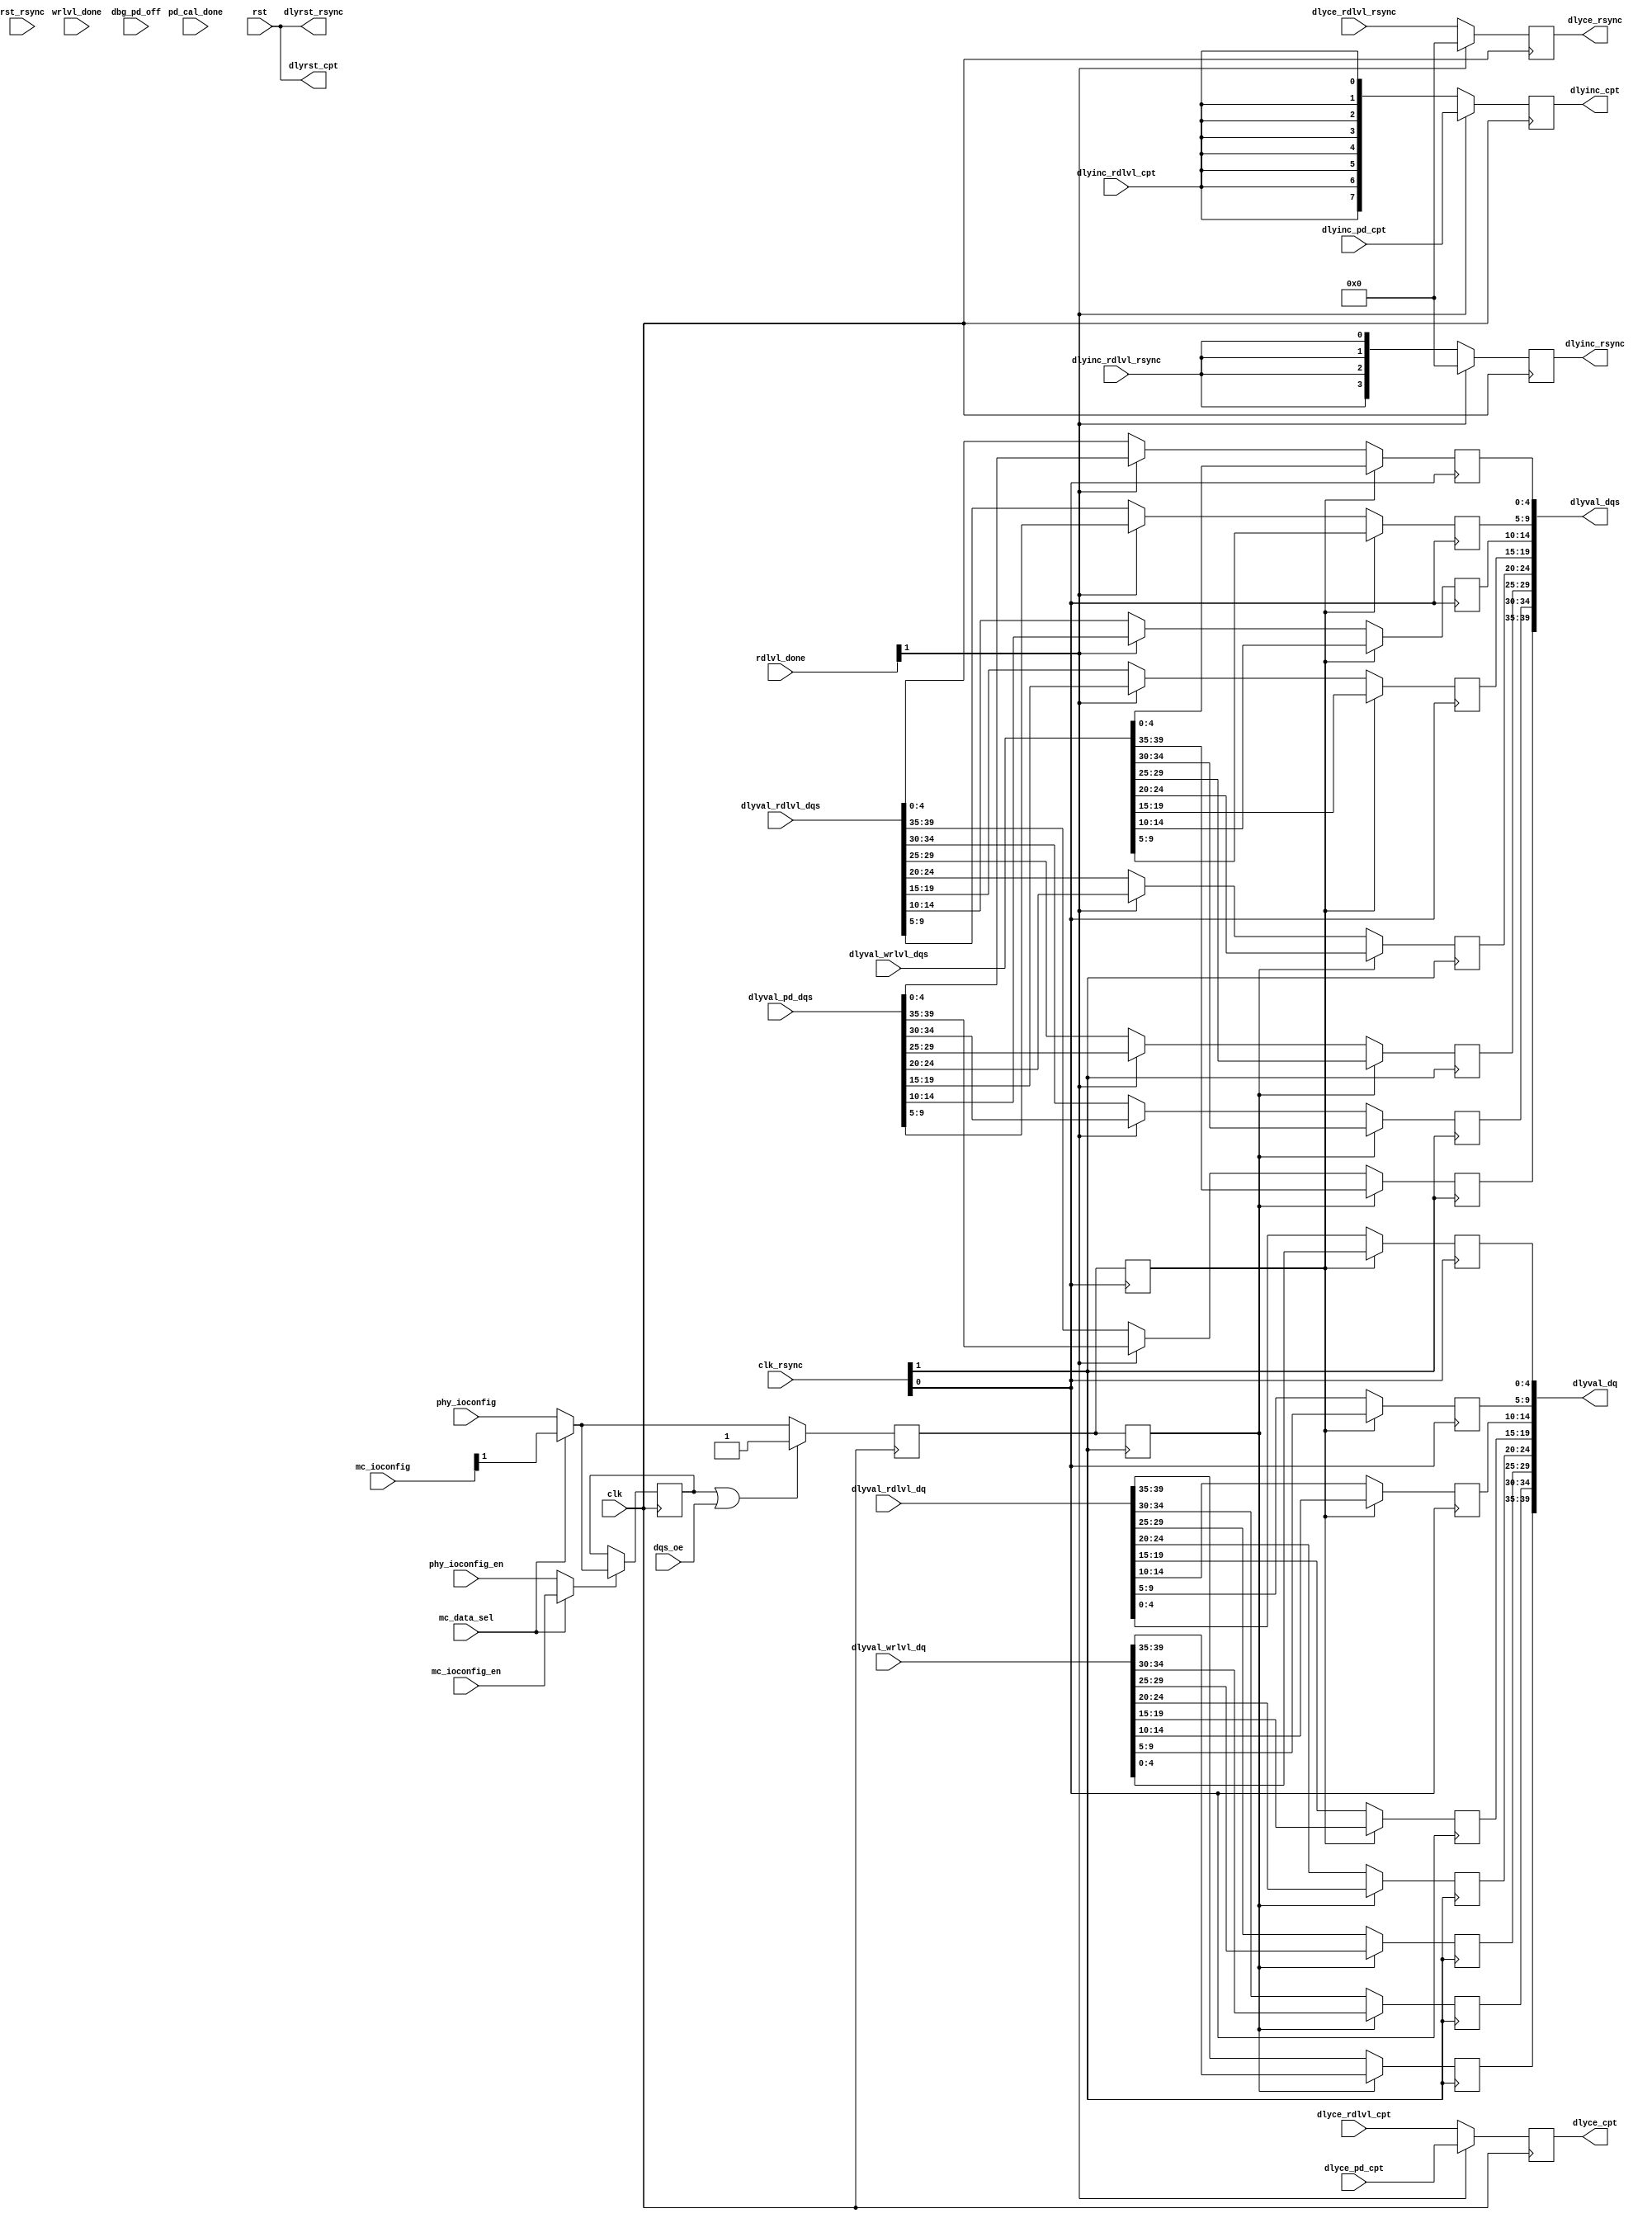
//*****************************************************************************
// (c) Copyright 2009 - 2010 Xilinx, Inc. All rights reserved.
//
// This file contains confidential and proprietary information
// of Xilinx, Inc. and is protected under U.S. and
// international copyright and other intellectual property
// laws.
//
// DISCLAIMER
// This disclaimer is not a license and does not grant any
// rights to the materials distributed herewith. Except as
// otherwise provided in a valid license issued to you by
// Xilinx, and to the maximum extent permitted by applicable
// law: (1) THESE MATERIALS ARE MADE AVAILABLE "AS IS" AND
// WITH ALL FAULTS, AND XILINX HEREBY DISCLAIMS ALL WARRANTIES
// AND CONDITIONS, EXPRESS, IMPLIED, OR STATUTORY, INCLUDING
// BUT NOT LIMITED TO WARRANTIES OF MERCHANTABILITY, NON-
// INFRINGEMENT, OR FITNESS FOR ANY PARTICULAR PURPOSE; and
// (2) Xilinx shall not be liable (whether in contract or tort,
// including negligence, or under any other theory of
// liability) for any loss or damage of any kind or nature
// related to, arising under or in connection with these
// materials, including for any direct, or any indirect,
// special, incidental, or consequential loss or damage
// (including loss of data, profits, goodwill, or any type of
// loss or damage suffered as a result of any action brought
// by a third party) even if such damage or loss was
// reasonably foreseeable or Xilinx had been advised of the
// possibility of the same.
//
// CRITICAL APPLICATIONS
// Xilinx products are not designed or intended to be fail-
// safe, or for use in any application requiring fail-safe
// performance, such as life-support or safety devices or
// systems, Class III medical devices, nuclear facilities,
// applications related to the deployment of airbags, or any
// other applications that could lead to death, personal
// injury, or severe property or environmental damage
// (individually and collectively, "Critical
// Applications"). Customer assumes the sole risk and
// liability of any use of Xilinx products in Critical
// Applications, subject only to applicable laws and
// regulations governing limitations on product liability.
//
// THIS COPYRIGHT NOTICE AND DISCLAIMER MUST BE RETAINED AS
// PART OF THIS FILE AT ALL TIMES.
//
//*****************************************************************************
//   ____  ____
//  /   /\/   /
// /___/  \  /    Vendor: Xilinx
// \   \   \/     Version: 3.7
//  \   \         Application: MIG
//  /   /         Filename: phy_dly_ctrl.v
// /___/   /\     Date Last Modified: $Date: 2010/12/29 22:18:11 $
// \   \  /  \    Date Created: Mon Jun 30 2008
//  \___\/\___\
//
//Device: Virtex-6
//Design Name: DDR3 SDRAM
//Purpose:
//  Multiplexing for all DQ/DQS/Capture and resynchronization clock
//  IODELAY elements
//  Scope of this module:
//    IODELAYs controlled:
//      1. DQ (rdlvl/writes)
//      2. DQS (wrlvl/phase detector)
//      3. Capture clock (rdlvl/phase detector)
//      4. Resync clock (rdlvl/phase detector)
//    Functions performed:
//      1. Synchronization (from GCLK to BUFR domain)
//      2. Multi-rank IODELAY lookup (NOT YET SUPPORTED)
//    NOTES:
//      1. Per-bit DQ control not yet supported
//      2. Multi-rank control not yet supported
//Reference:
//Revision History:
//*****************************************************************************

/******************************************************************************
**$Id: phy_dly_ctrl.v,v 1.2 2010/12/29 22:18:11 richc Exp $
**$Date: 2010/12/29 22:18:11 $
**$Author: richc $
**$Revision: 1.2 $
**$Source: /devl/xcs/repo/env/Databases/ip/src2/O/mig_v3_7/data/dlib/virtex6/ddr3_sdram/verilog/rtl/phy/phy_dly_ctrl.v,v $
******************************************************************************/

`timescale 1ps/1ps

module phy_dly_ctrl #
  (
   parameter TCQ            = 100,    // clk->out delay (sim only)
   parameter DQ_WIDTH       = 64,     // # of DQ (data)
   parameter DQS_CNT_WIDTH  = 3,      // = ceil(log2(DQ_WIDTH))
   parameter DQS_WIDTH      = 8,      // # of DQS (strobe)
   parameter RANK_WIDTH     = 1,      // # of ranks of DRAM
   parameter nCWL           = 5,      // Write CAS latency (in clk cyc)
   parameter REG_CTRL       = "OFF",  // "ON" for registered DIMM
   parameter WRLVL          = "ON",   // Enable write leveling
   parameter PHASE_DETECT   = "ON",   // Enable read phase detector
   parameter DRAM_TYPE      = "DDR3", // Memory I/F type: "DDR3", "DDR2"
   parameter nDQS_COL0      = 4,      // # DQS groups in I/O column #1
   parameter nDQS_COL1      = 4,      // # DQS groups in I/O column #2
   parameter nDQS_COL2      = 0,      // # DQS groups in I/O column #3
   parameter nDQS_COL3      = 0,      // # DQS groups in I/O column #4
   parameter DQS_LOC_COL0   = 32'h03020100, // DQS grps in col #1
   parameter DQS_LOC_COL1   = 32'h07060504, // DQS grps in col #2
   parameter DQS_LOC_COL2   = 0,            // DQS grps in col #3
   parameter DQS_LOC_COL3   = 0,            // DQS grps in col #4
   parameter DEBUG_PORT     = "OFF"   // Enable debug port
   )
  (
   input                        clk,
   input                        rst,
   input [3:0]                  clk_rsync,
   input [3:0]                  rst_rsync,
   // Operation status, control signals
   input                        wrlvl_done,
   input [1:0]                  rdlvl_done,
   input                        pd_cal_done,
   input                        mc_data_sel,
   input [RANK_WIDTH:0]         mc_ioconfig,
   input                        mc_ioconfig_en,
   input [0:0]                  phy_ioconfig,
   input                        phy_ioconfig_en,
   input                        dqs_oe,
   // DQ, DQS IODELAY controls for write leveling
   input [5*DQS_WIDTH-1:0]      dlyval_wrlvl_dqs,
   input [5*DQS_WIDTH-1:0]      dlyval_wrlvl_dq,
   // Capture Clock / Resync Clock IODELAY controls for read leveling
   input [DQS_WIDTH-1:0]        dlyce_rdlvl_cpt,
   input                        dlyinc_rdlvl_cpt,
   input [3:0]                  dlyce_rdlvl_rsync,
   input                        dlyinc_rdlvl_rsync,
   input [5*DQS_WIDTH-1:0]      dlyval_rdlvl_dq,
   input [5*DQS_WIDTH-1:0]      dlyval_rdlvl_dqs,
   // Phase detector IODELAY control for DQS, Capture Clock
   input [DQS_WIDTH-1:0]        dlyce_pd_cpt,
   input [DQS_WIDTH-1:0]        dlyinc_pd_cpt,
   input [5*DQS_WIDTH-1:0]      dlyval_pd_dqs,
   // IODELAY controls
   output reg [5*DQS_WIDTH-1:0] dlyval_dqs,
   output reg [5*DQS_WIDTH-1:0] dlyval_dq,
   output                       dlyrst_cpt,
   output [DQS_WIDTH-1:0]       dlyce_cpt,
   output [DQS_WIDTH-1:0]       dlyinc_cpt,
   output                       dlyrst_rsync,
   output [3:0]                 dlyce_rsync,
   output [3:0]                 dlyinc_rsync,
   // Debug Port
   input                        dbg_pd_off
   );

  reg [DQS_WIDTH-1:0]        dlyce_cpt_mux;
  reg [3:0]                  dlyce_rsync_mux;
  reg [DQS_WIDTH-1:0]        dlyinc_cpt_mux;
  reg [3:0]                  dlyinc_rsync_mux;
  reg                        dqs_oe_r;
  reg                        dqs_wr;
  wire [0:0]                 mux_ioconfig;
  wire                       mux_ioconfig_en;
  wire                       mux_rd_wr;
  reg                        mux_rd_wr_last_r;
  reg                        rd_wr_r;
  reg [3:0]                  rd_wr_rsync_r;
  reg [3:0]                  rd_wr_rsync_tmp_r;
  reg [3:0]                  rd_wr_rsync_tmp_r1;

  //***************************************************************************
  // IODELAY RESET CONTROL:
  // RST for IODELAY is used to control parallel loading of IODELAY (dlyval)
  // For all IODELAYs where glitching of outputs is permitted, always assert
  // RST (i.e. control logic can change outputs without worrying about
  // synchronization of control bits causing output glitching). For all other
  // IODELAYs (CPT, RSYNC), only assert RST when DLYVAL is stable
  //***************************************************************************

  assign dlyrst_cpt   = rst;
  assign dlyrst_rsync = rst;

  //***************************************************************************
  // IODELAY MUX CONTROL LOGIC AND CLOCK SYNCHRONIZATION
  // This logic determines the main MUX control logic for selecting what gets
  // fed to the IODELAY taps. Output signal is MUX_IOCFG = [0 for write, 1 for
  // read]. This logic is in the CLK domain, and needs to be synchronized to
  // each of the individual CLK_RSYNC[x] domains
  //***************************************************************************

  // Select between either MC or PHY control
  assign mux_ioconfig    = (mc_data_sel) ?
                           mc_ioconfig[RANK_WIDTH] :
                           phy_ioconfig;
  assign mux_ioconfig_en = (mc_data_sel) ?
                           mc_ioconfig_en :
                           phy_ioconfig_en;

  assign mux_rd_wr = mux_ioconfig[0];

  always @(posedge clk)
    dqs_oe_r <= #TCQ dqs_oe;

  // Generate indication when write is occurring - necessary to prevent
  // situation where a read request comes in on DFI before the current
  // write has been completed on the DDR bus - in that case, the IODELAY
  // value should remain at the write value until the write is completed
  // on the DDR bus. 
  always @(dqs_oe or mux_rd_wr_last_r)
    dqs_wr = mux_rd_wr_last_r | dqs_oe;
 
  // Store value of MUX_IOCONFIG when enable(latch) signal asserted
  always @(posedge clk)
    if (mux_ioconfig_en)
      mux_rd_wr_last_r <= #TCQ mux_rd_wr;

  // New value of MUX_IOCONFIG gets reflected right away as soon as
  // enable/latch signal is asserted. This signal indicates whether a
  // write or read is occurring (1 = write, 0 = read). Add dependence on
  // DQS_WR to account for pipelining - prevent read value from being
  // loaded until previous write is finished
  always @(posedge clk) begin
    if (mux_ioconfig_en) begin
      if ((dqs_wr)&& (DRAM_TYPE == "DDR3"))
        rd_wr_r <= #TCQ 1'b1;
      else
        rd_wr_r <= #TCQ mux_rd_wr;
    end else begin
      if ((dqs_wr)&& (DRAM_TYPE == "DDR3"))
        rd_wr_r <= #TCQ 1'b1;
      else
        rd_wr_r <= #TCQ mux_rd_wr;
    end
  end

  // Synchronize MUX control to each of the individual clock domains
  genvar r_i;
  generate
    for (r_i = 0; r_i < 4; r_i = r_i + 1) begin: gen_sync_rd_wr
      if (DRAM_TYPE == "DDR2") begin :  gen_cwl_ddr2
        if (nCWL <= 3) begin: gen_cwl_ddr2_ls_4
          // one less pipeline stage for cwl<= 3 
          always @(posedge clk_rsync[r_i]) begin
            rd_wr_rsync_tmp_r[r_i] <= #TCQ rd_wr_r;
            rd_wr_rsync_r[r_i]     <= #TCQ rd_wr_rsync_tmp_r[r_i];      
          end
        end else begin  
          always @(posedge clk_rsync[r_i]) begin:gen_cwl_ddr2_gt_3
            rd_wr_rsync_tmp_r[r_i] <= #TCQ rd_wr_r;
            rd_wr_rsync_tmp_r1[r_i] <= #TCQ rd_wr_rsync_tmp_r[r_i];
            rd_wr_rsync_r[r_i]     <= #TCQ rd_wr_rsync_tmp_r1[r_i];     
          end
        end 
      end else if ((nCWL == 5) || 
                   ((nCWL == 6) && (REG_CTRL == "ON"))) begin: gen_cwl_5_ddr3
        // For CWL = 5, bypass one of the pipeline registers for speed
        // purposes (need to load IODELAY value as soon as possible on write,
        // time between IOCONFIG_EN and OSERDES.WC assertion is shorter than
        // for all other CWL values. Rely on built in registers in IODELAY to
        // reduce metastability?
        // NOTE: 2nd case added where we consider the case of registered
        //   DIMM and an nCWL value (as passed to this module) of 6 to be
        //   the same case, because the actual CWL value = 5 (as programmed
        //   in the DRAM - see module phy_top for CWL_M adjustment) and more
        //   importantly, the controller (MC) treats the CWL as 5 for bus
        //   turnaround purposes, and on a WRITE->READ, it the extra clock
        //   cycle is needed to program the new value of the IODELAY before
        //   the read data is captured. Note that we may want to apply this
        //   case as well for DDR2 registered DIMMs as well
        always @(posedge clk_rsync[r_i])
          rd_wr_rsync_r[r_i] <= #TCQ rd_wr_r;
      end else begin: gen_cwl_gt_5_ddr3
        // Otherwise, use two pipeline stages in CLK_RSYNC domain to
        // reduce metastability
        always @(posedge clk_rsync[r_i]) begin
          rd_wr_rsync_tmp_r[r_i] <= #TCQ rd_wr_r;
          rd_wr_rsync_r[r_i]     <= #TCQ rd_wr_rsync_tmp_r[r_i];
        end
      end
    end
  endgenerate

  //***************************************************************************
  // IODELAY CE/INC MUX LOGIC
  // Increment/Enable MUX logic for Capture and Resynchronization clocks.
  // No synchronization of these signals to another clock domain is
  // required - the capture and resync clock IODELAY control ports are
  // clocked by CLK
  //***************************************************************************

  always @(posedge clk) begin
    if (!rdlvl_done[1]) begin
      // If read leveling not completed, rdlvl logic has control of capture
      // and resync clock adjustment IODELAYs
      dlyce_cpt_mux        <= #TCQ dlyce_rdlvl_cpt;
      dlyinc_cpt_mux       <= #TCQ {DQS_WIDTH{dlyinc_rdlvl_cpt}};
      dlyce_rsync_mux      <= #TCQ dlyce_rdlvl_rsync;
      dlyinc_rsync_mux     <= #TCQ {4{dlyinc_rdlvl_rsync}};
    end else begin
      if ((PHASE_DETECT == "OFF") || 
          ((DEBUG_PORT == "ON") && dbg_pd_off)) begin
        // If read phase detector is off, give control of CPT/RSYNC IODELAY
        // taps to the read leveling logic. Normally the read leveling logic
        // will not be changing the IODELAY values after initial calibration.
        // However, the debug port interface for changing the CPT/RSYNC
        // tap values does go through the PHY_RDLVL module - if the user
        // has this capability enabled, then that module will change the
        // IODELAY tap values. Note that use of the debug interface to change
        // the CPT/RSYNC tap values is limiting to changing the tap values
        // only when the read phase detector is turned off - otherwise, if
        // the read phase detector is on, it will simply "undo" any changes
        // to the tap count made via the debug port interface
        dlyce_cpt_mux        <= #TCQ dlyce_rdlvl_cpt;
        dlyinc_cpt_mux       <= #TCQ {DQS_WIDTH{dlyinc_rdlvl_cpt}};
        dlyce_rsync_mux      <= #TCQ dlyce_rdlvl_rsync;
        dlyinc_rsync_mux     <= #TCQ {4{dlyinc_rdlvl_rsync}};
      end else begin
        // Else read phase detector has control of capture/rsync phases
        dlyce_cpt_mux    <= #TCQ dlyce_pd_cpt;
        dlyinc_cpt_mux   <= #TCQ dlyinc_pd_cpt;
        // Phase detector does not control RSYNC - rely on RSYNC positioning
        // to be able to handle entire possible range that phase detector can
        // vary the capture clock IODELAY taps. In the future, we may want to
        // change to allow phase detector to vary RSYNC taps, if there is
        // insufficient margin to allow for a "static" scheme
        dlyce_rsync_mux  <= #TCQ 'b0;
        dlyinc_rsync_mux <= #TCQ 'b0;
        // COMMENTED - RSYNC clock is fixed
        // dlyce_rsync_mux  <= #TCQ {4{dlyce_pd_cpt[0]}};
        // dlyinc_rsync_mux <= #TCQ {4{dlyinc_pd_cpt}};
      end
    end
  end

  assign dlyce_cpt     = dlyce_cpt_mux;
  assign dlyinc_cpt    = dlyinc_cpt_mux;
  assign dlyce_rsync   = dlyce_rsync_mux;
  assign dlyinc_rsync  = dlyinc_rsync_mux;

  //***************************************************************************
  // SYNCHRONIZATION FOR CLK <-> CLK_RSYNC[X] DOMAINS
  //***************************************************************************

  //***************************************************************************
  // BIT STEERING EQUATIONS:
  // What follows are 4 generate loops - each of which handles "bit
  // steering" for each of the I/O columns. The first loop is always
  // instantited. The other 3 will only be instantiated depending on the
  // number of I/O columns used
  //***************************************************************************

  generate
    genvar c0_i;
    if (nDQS_COL0 > 0) begin: gen_c0    
    for (c0_i = 0; c0_i < nDQS_COL0; c0_i = c0_i + 1) begin: gen_loop_c0

      //*****************************************************************
      // DQ/DQS DLYVAL MUX LOGIC
      // This is the MUX logic to control the parallel load delay values for
      // DQ and DQS IODELAYs. There are up to 4 MUX's, one for each
      // CLK_RSYNC[x] clock domain. Each MUX can handle a variable amount
      // of DQ/DQS IODELAYs depending on the particular user pin assignment
      // (e.g. how many I/O columns are used, and the particular DQS groups
      // assigned to each I/O column). The MUX select (S), and input lines
      // (A,B) are configured:
      //   S: MUX_IO_CFG_RSYNC[x]
      //   A: value of DQ/DQS IODELAY from write leveling logic
      //   B: value of DQ/DQS IODELAY from read phase detector logic (DQS) or
      //      from read leveling logic (DQ). NOTE: The value of DQS may also
      //      depend on the read leveling logic with per-bit deskew support.
      //      This may require another level of MUX prior to this MUX
      // The parallel signals from the 3 possible sources (wrlvl, rdlvl, read
      // phase detector) are not synchronized to CLK_RSYNC< but also are not
      // timing critical - i.e. the IODELAY output can glitch briefly.
      // Therefore, there is no need to synchronize any of these sources
      // prior to the MUX (although a MAXDELAY constraint to ensure these
      // async paths aren't too long - they should be less than ~2 clock
      // cycles) should be added
      //*****************************************************************

      always @ (posedge clk_rsync[0]) begin
        if (rd_wr_rsync_r[0]) begin
          // Load write IODELAY values
          dlyval_dqs[5*(DQS_LOC_COL0[8*c0_i+:8])+:5]
            <= #TCQ dlyval_wrlvl_dqs[5*(DQS_LOC_COL0[8*c0_i+:8])+:5];
          // Write DQ IODELAY values are byte-wide only
          dlyval_dq[5*(DQS_LOC_COL0[8*c0_i+:8])+:5]
            <= #TCQ dlyval_wrlvl_dq[5*(DQS_LOC_COL0[8*c0_i+:8])+:5];
        end else begin
          // Load read IODELAY values
          if ((PHASE_DETECT == "ON") && rdlvl_done[1]) begin 
            // Phase Detector has control
            dlyval_dqs[5*(DQS_LOC_COL0[8*c0_i+:8])+:5]
              <= #TCQ dlyval_pd_dqs[5*(DQS_LOC_COL0[8*c0_i+:8])+:5];
          end else begin 
            // Read Leveling logic has control of DQS (used only if IODELAY
            // taps are required for either per-bit or low freq calibration)
            dlyval_dqs[5*(DQS_LOC_COL0[8*c0_i+:8])+:5]
              <= #TCQ dlyval_rdlvl_dqs[5*(DQS_LOC_COL0[8*c0_i+:8])+:5];
          end     
             
          dlyval_dq[5*(DQS_LOC_COL0[8*c0_i+:8])+:5]
            <= #TCQ dlyval_rdlvl_dq[5*(DQS_LOC_COL0[8*c0_i+:8])+:5];
          end
        end
      end
    end
  endgenerate

  //*****************************************************************
  // The next 3 cases are for the other 3 banks. Conditionally include
  // only if multiple banks are supported. There's probably a better
  // way of instantiating these 3 other cases without taking up so much
  // space....
  //*****************************************************************

  // I/O COLUMN #2
  generate
    genvar c1_i;
    if (nDQS_COL1 > 0) begin: gen_c1
      for (c1_i = 0; c1_i < nDQS_COL1; c1_i = c1_i + 1) begin: gen_loop_c1
        always @(posedge clk_rsync[1]) begin
          if (rd_wr_rsync_r[1]) begin
            dlyval_dqs[5*(DQS_LOC_COL1[8*c1_i+7-:8])+:5]
              <= #TCQ dlyval_wrlvl_dqs[5*(DQS_LOC_COL1[8*c1_i+7-:8])+:5];
            dlyval_dq[5*(DQS_LOC_COL1[8*c1_i+7-:8])+:5]
              <= #TCQ dlyval_wrlvl_dq[5*(DQS_LOC_COL1[8*c1_i+:8])+:5];
          end else begin
            if ((PHASE_DETECT == "ON") && rdlvl_done[1]) begin 
              // Phase Detector has control
              dlyval_dqs[5*(DQS_LOC_COL1[8*c1_i+:8])+:5]
                <= #TCQ dlyval_pd_dqs[5*(DQS_LOC_COL1[8*c1_i+:8])+:5];
            end else begin
              // Read Leveling logic has control of DQS (used only if IODELAY
              // taps are required for either per-bit or low freq calibration)
              dlyval_dqs[5*(DQS_LOC_COL1[8*c1_i+:8])+:5]
                <= #TCQ dlyval_rdlvl_dqs[5*(DQS_LOC_COL1[8*c1_i+:8])+:5];
            end                
            dlyval_dq[5*(DQS_LOC_COL1[8*c1_i+:8])+:5]
              <= #TCQ dlyval_rdlvl_dq[5*(DQS_LOC_COL1[8*c1_i+:8])+:5];
          end
        end
      end
    end
  endgenerate

  // I/O COLUMN #3
  generate
    genvar c2_i;
    if (nDQS_COL2 > 0) begin: gen_c2
      for (c2_i = 0; c2_i < nDQS_COL2; c2_i = c2_i + 1) begin: gen_loop_c2
        always @(posedge clk_rsync[2]) begin
          if (rd_wr_rsync_r[2]) begin
            dlyval_dqs[5*(DQS_LOC_COL2[8*c2_i+7-:8])+:5]
              <= #TCQ dlyval_wrlvl_dqs[5*(DQS_LOC_COL2[8*c2_i+7-:8])+:5];
            dlyval_dq[5*(DQS_LOC_COL2[8*c2_i+7-:8])+:5]
              <= #TCQ dlyval_wrlvl_dq[5*(DQS_LOC_COL2[8*c2_i+:8])+:5];
          end else begin
            if ((PHASE_DETECT == "ON") && rdlvl_done[1]) begin 
              // Phase Detector has control
              dlyval_dqs[5*(DQS_LOC_COL2[8*c2_i+:8])+:5]
                <= #TCQ dlyval_pd_dqs[5*(DQS_LOC_COL2[8*c2_i+:8])+:5];
            end else begin
              // Read Leveling logic has control of DQS (used only if IODELAY
              // taps are required for either per-bit or low freq calibration)
              dlyval_dqs[5*(DQS_LOC_COL2[8*c2_i+:8])+:5]
                <= #TCQ dlyval_rdlvl_dqs[5*(DQS_LOC_COL2[8*c2_i+:8])+:5];
            end                
            dlyval_dq[5*(DQS_LOC_COL2[8*c2_i+:8])+:5]
              <= #TCQ dlyval_rdlvl_dq[5*(DQS_LOC_COL2[8*c2_i+:8])+:5];
          end
        end
      end
    end
  endgenerate

  // I/O COLUMN #4
  generate
    genvar c3_i;
    if (nDQS_COL3 > 0) begin: gen_c3
      for (c3_i = 0; c3_i < nDQS_COL3; c3_i = c3_i + 1) begin: gen_loop_c3
        always @(posedge clk_rsync[3]) begin
          if (rd_wr_rsync_r[3]) begin
            dlyval_dqs[5*(DQS_LOC_COL3[8*c3_i+7-:8])+:5]
              <= #TCQ dlyval_wrlvl_dqs[5*(DQS_LOC_COL3[8*c3_i+7-:8])+:5];
            dlyval_dq[5*(DQS_LOC_COL3[8*c3_i+7-:8])+:5]
              <= #TCQ dlyval_wrlvl_dq[5*(DQS_LOC_COL3[8*c3_i+:8])+:5];
          end else begin
            if ((PHASE_DETECT == "ON") && rdlvl_done[1]) begin
              // Phase Detector has control
              dlyval_dqs[5*(DQS_LOC_COL3[8*c3_i+:8])+:5]
                <= #TCQ dlyval_pd_dqs[5*(DQS_LOC_COL3[8*c3_i+:8])+:5];
            end else begin
              // Read Leveling logic has control of DQS (used only if IODELAY
              // taps are required for either per-bit or low freq calibration)
              dlyval_dqs[5*(DQS_LOC_COL3[8*c3_i+:8])+:5]
                <= #TCQ dlyval_rdlvl_dqs[5*(DQS_LOC_COL3[8*c3_i+:8])+:5];
            end                
            dlyval_dq[5*(DQS_LOC_COL3[8*c3_i+:8])+:5]
              <= #TCQ dlyval_rdlvl_dq[5*(DQS_LOC_COL3[8*c3_i+:8])+:5];
          end
        end
      end
    end
  endgenerate

endmodule